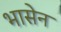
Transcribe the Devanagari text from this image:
भासेन